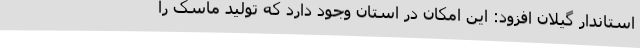
استاندار گیلان افزود: این امکان در استان وجود دارد که تولید ماسک را